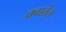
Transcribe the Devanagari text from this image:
क्वार्तल